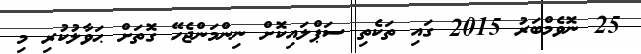
25 ނޮވެމްބަރު 2015 ގައި ތަކެތި ސަޕްލައިކޮށް ނިންމަންޖެހޭ ގޮތަށް ޙަވާލުކުރި މި